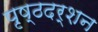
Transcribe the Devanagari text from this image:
पृष्ठदर्शन